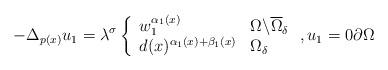
LaTeX: \begin{align*}-\Delta _{p(x)}u_{1}=\lambda ^{\sigma }\left\{\begin{array}{ll}w_{1}^{\alpha _{1}(x)} & \Omega \backslash \overline{\Omega }_{\delta } \\d(x)^{\alpha _{1}(x)+\beta _{1}(x)} & \Omega _{\delta }\end{array}\right. ,u_{1}=0\partial \Omega \end{align*}